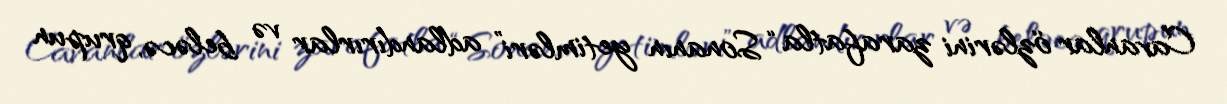
Cavanlar özlərini zarafatla “Sonanın yetimləri” adlandırırlar və beləcə, qrupun